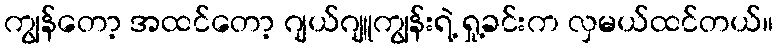
ကျွန်တော့ အထင်တော့ ဂျယ်ဂျူကျွန်းရဲ့ ရှု့ခင်းက လှမယ်ထင်တယ်။